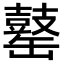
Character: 𪔕